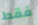
فقط